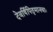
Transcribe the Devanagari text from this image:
देवर्षिपितृमानवाः